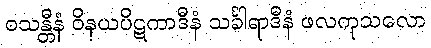
ဝသန္တီနံ ဝိနယပိဋကာဒီနံ သင်္ခါရာဒီနံ ဖလကုသလော